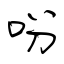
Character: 吩